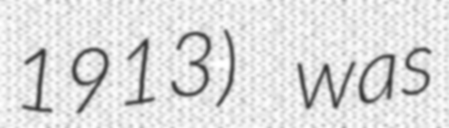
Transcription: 1913) was